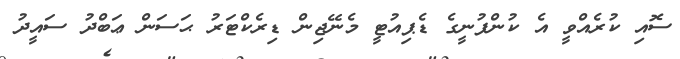
ސޮއި ކުރެއްވީ އެ ކުންފުނީގެ ޑެޕިއުޓީ މެނޭޖިން ޑިރެކްޓަރު ޙަސަން ޢަބްދު ސައީދު